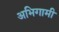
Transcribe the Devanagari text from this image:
अभिगामी